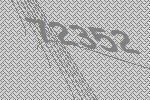
72352